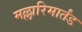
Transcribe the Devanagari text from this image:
मल्लारिमार्तंड